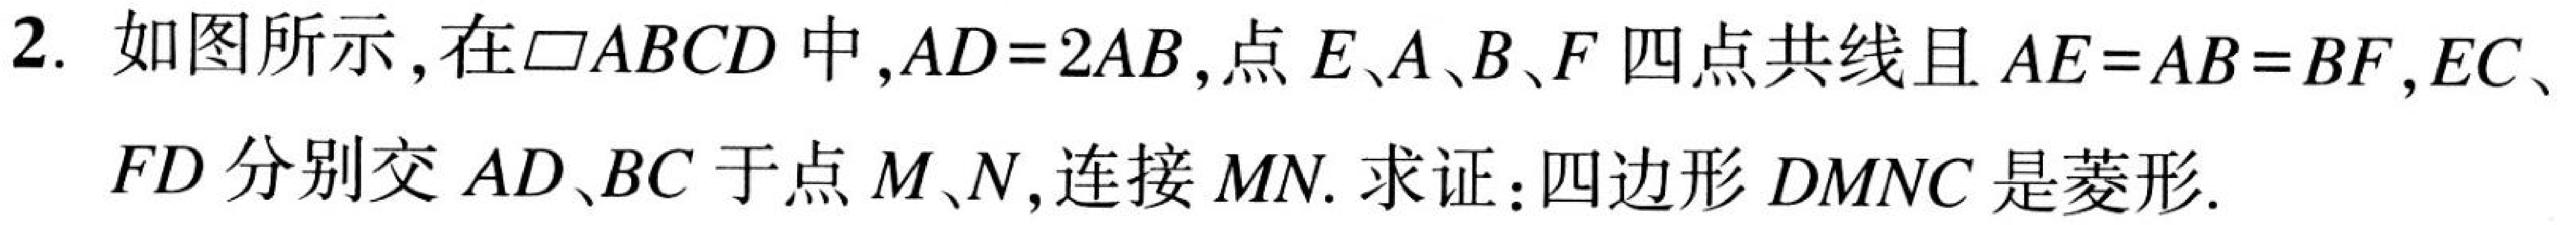
2. 如图所示,在$\square ABCD$中,$AD = 2AB$,点$E、A、B、F$四点共线且$AE = AB = BF$,$EC、FD$分别交$AD、BC$于点$M、N$,连接$MN.$ 求证：四边形$DMNC$是菱形.